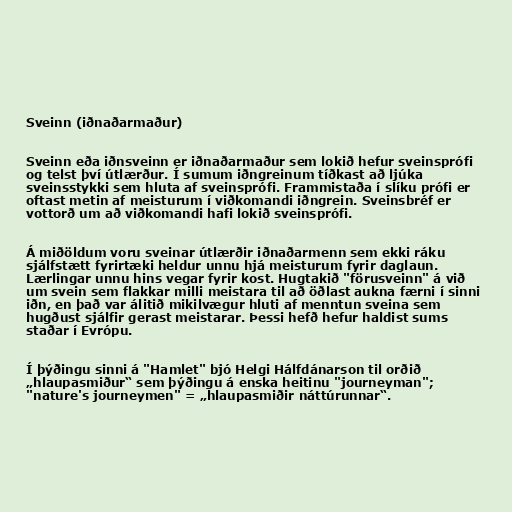
Sveinn (iðnaðarmaður)

Sveinn eða iðnsveinn er iðnaðarmaður sem lokið hefur sveinsprófi
og telst því útlærður. Í sumum iðngreinum tíðkast að ljúka
sveinsstykki sem hluta af sveinsprófi. Frammistaða í slíku prófi er
oftast metin af meisturum í viðkomandi iðngrein. Sveinsbréf er
vottorð um að viðkomandi hafi lokið sveinsprófi.

Á miðöldum voru sveinar útlærðir iðnaðarmenn sem ekki ráku
sjálfstætt fyrirtæki heldur unnu hjá meisturum fyrir daglaun.
Lærlingar unnu hins vegar fyrir kost. Hugtakið "förusveinn" á við
um svein sem flakkar milli meistara til að öðlast aukna færni í sinni
iðn, en það var álitið mikilvægur hluti af menntun sveina sem
hugðust sjálfir gerast meistarar. Þessi hefð hefur haldist sums
staðar í Evrópu.

Í þýðingu sinni á "Hamlet" bjó Helgi Hálfdánarson til orðið
„hlaupasmiður“ sem þýðingu á enska heitinu "journeyman";
"nature's journeymen" = „hlaupasmiðir náttúrunnar“.